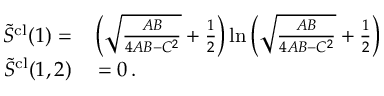
\begin{array} { r l } { \tilde { S } ^ { \mathrm { c l } } ( 1 ) = } & { { } \left( \sqrt { \frac { A B } { 4 A B - C ^ { 2 } } } + \frac { 1 } { 2 } \right) \ln \left( \sqrt { \frac { A B } { 4 A B - C ^ { 2 } } } + \frac { 1 } { 2 } \right) } \\ { \tilde { S } ^ { \mathrm { c l } } ( 1 , 2 ) } & { { } = 0 \, . } \end{array}